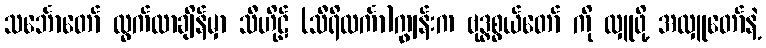
သင်္ဘောတော် ထွက်လာချိန်မှာ သီဟိုဠ် (သီရိလင်္ကာ)ကျွန်းက ဗုဒ္ဓစွယ်တော် ကို လှူဖို့ အလှူတော်နဲ့